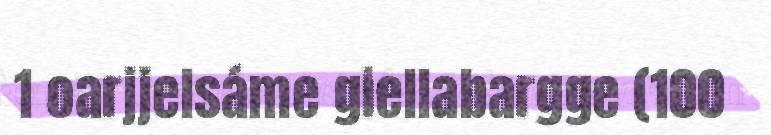
1 oarjjelsáme giellabargge (100